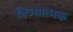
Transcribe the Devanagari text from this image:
त्रिज्यात्मक